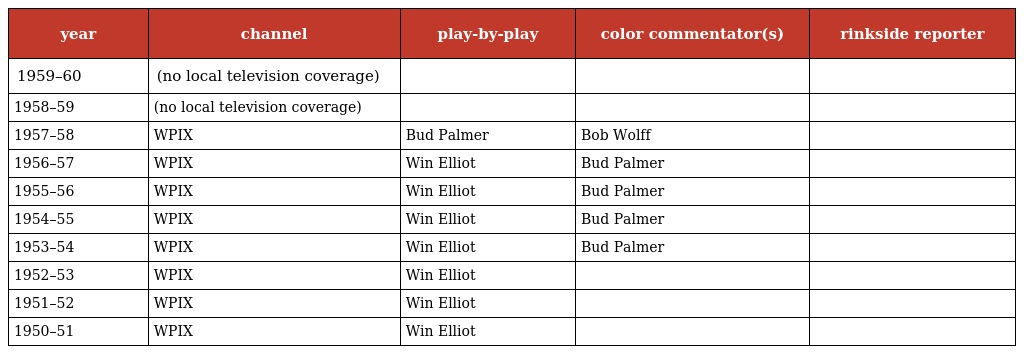
| year | channel | play-by-play | color commentator(s) | rinkside reporter |
 | --- | --- | --- | --- | --- |
 | 1959–60 | (no local television coverage) |  |  |  |
 | 1958–59 | (no local television coverage) |  |  |  |
 | 1957–58 | WPIX | Bud Palmer | Bob Wolff |  |
 | 1956–57 | WPIX | Win Elliot | Bud Palmer |  |
 | 1955–56 | WPIX | Win Elliot | Bud Palmer |  |
 | 1954–55 | WPIX | Win Elliot | Bud Palmer |  |
 | 1953–54 | WPIX | Win Elliot | Bud Palmer |  |
 | 1952–53 | WPIX | Win Elliot |  |  |
 | 1951–52 | WPIX | Win Elliot |  |  |
 | 1950–51 | WPIX | Win Elliot |  |  |